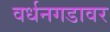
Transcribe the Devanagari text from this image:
वर्धनगडावर